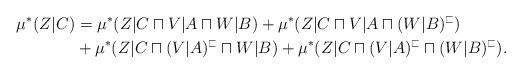
LaTeX: \begin{align*} \mu^\ast(Z|C)&=\mu^\ast(Z|C\sqcap V|A\sqcap W|B )+\mu^\ast(Z|C\sqcap V|A\sqcap (W|B)^\sqsubset)\\ &+\mu^\ast(Z|C\sqcap (V|A)^\sqsubset\sqcap W|B )+\mu^\ast(Z|C\sqcap (V|A)^\sqsubset\sqcap (W|B)^\sqsubset). \end{align*}